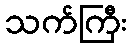
သက်ကြီး